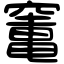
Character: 竃